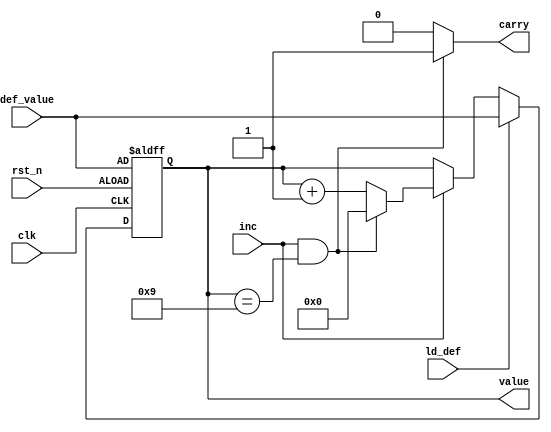
`timescale 1ns / 1ps
//////////////////////////////////////////////////////////////////////////////////
// Company: 
// Engineer: 
// 
// Design Name: 
// Module Name:    upcounter 
// Project Name: 
// Target Devices: 
// Tool versions: 
// Description: 
//
// Dependencies: 
//
// Revision: 
// Revision 0.01 - File Created
// Additional Comments: 
//
//////////////////////////////////////////////////////////////////////////////////
module upcounter(value, carry, clk, rst_n, inc, ld_def, def_value);

output [3:0]value;
output carry;
input clk;
input rst_n;
input inc;
input [3:0]def_value;
input ld_def;
reg [3:0]value_tmp;
reg carry;
reg [3:0]value;

always@*
	if(ld_def==1'd1)
		begin
		value_tmp=def_value;//when some condition is being satisfied,load default value
		end
	else if(inc==1'd0)
		begin
		value_tmp=value;//not counting
		end
	else if((inc==1'd1) && (value==4'd9))
		begin
		value_tmp=4'd0;//reset value_tmp=0 when value=9
		end
	else
		begin
		value_tmp=value+4'd1;
		end
		
always@(inc or value)
	if((inc==1'd1)&&(value==4'd9))
		begin
		carry=1'd1;//iwhen value=9
		end
	else
		begin
		carry=1'd0;
		end
		
//for flipflop
always@(posedge clk or negedge rst_n)
	if(~rst_n)
		begin
		value<=def_value;
		end
	else
		begin
		value<=value_tmp;
		end

endmodule